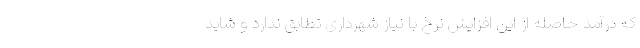
که درآمد حاصله از این افزایش نرخ با نیاز شهرداری تطابق ندارد و شاید